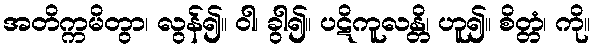
အတိက္ကမိတွာ၊ လွန်၍။ ဝါ၊ ခွါ၍။ ပဋိကူလန္တိ၊ ဟူ၍။ စိတ္တံ၊ ကို။